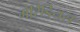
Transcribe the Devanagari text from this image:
मेरिडियस